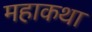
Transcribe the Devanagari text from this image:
महाकथा